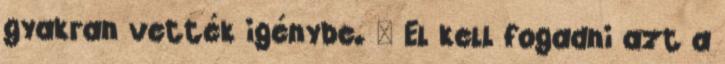
gyakran vették igénybe. — El kell fogadni azt a